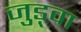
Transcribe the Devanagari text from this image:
जुड़्वा